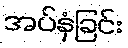
အပ်နှံခြင်း